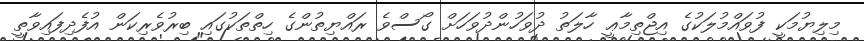
މިލިޔުމަކީ ފުވައްމުލަކުގެ އިޖްތިމާޢީ ހާލަތު ދުވަހުންދުވަހަށް ގޯސްވެ ރައްޔިތުންގެ ހިތްތަކުގައި ބިރުވެރިކަން އުފެދިފައިވާތީ